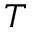
{ \cal T }